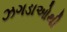
ઝગડાઓથી